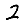
Digit: 2